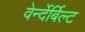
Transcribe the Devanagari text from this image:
वेर्न्देर्बिल्ट